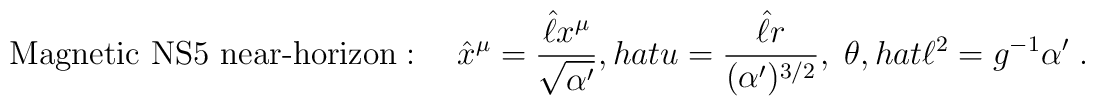
\mbox{Magnetic NS$5$ near-horizon}: \quad\hat{x}^{\mu}=\frac{\hat{\ell}x^\mu} {\sqrt{\alpha'}},\\hat{u}=\frac{\hat{\ell}r}{(\alpha')^{3/2}},\ \theta,\\hat{\ell}^2= g^{-1}\alpha'\ .